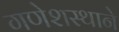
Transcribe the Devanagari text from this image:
गणेशस्थाने